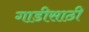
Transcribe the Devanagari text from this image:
गाडीसाठी